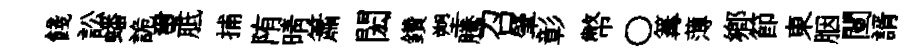
餞訟蟠詭璽胝捕陏晴簫閎鑽塑騰召肇彰幣〇篝薄鄉節東胭闉諝